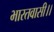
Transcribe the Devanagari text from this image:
भारतवासी।।